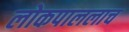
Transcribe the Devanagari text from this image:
लोकपाललाच